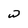
Character: w